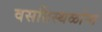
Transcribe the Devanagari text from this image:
वसतिस्थळांना